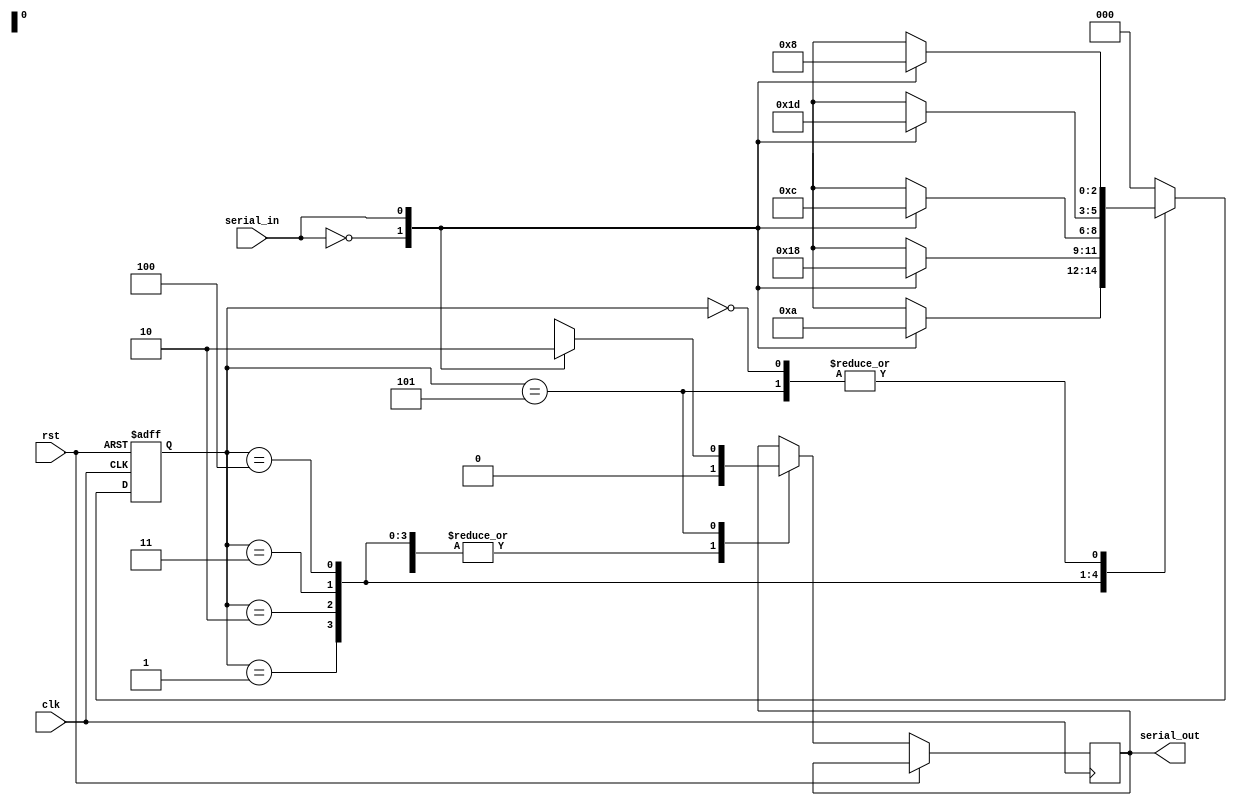
//////////////////////////////////////////////////////////////////////////////////
/*
            FSM Module
          Sequence Detector
          Codeword - 010110
             6 bit number
*/
//////////////////////////////////////////////////////////////////////////////////
module seq_det(
    input clk, //clcok signal
    input rst, //resetsignal
    input serial_in,//input data
    output reg serial_out //output when codeword detected 
   );
///////////////////////////////////////////////////////   

//Internal Signals  
 
 reg[2:0] cs; //current state
 
 /// Declaring States for FSM ///
 /// 6 states ///
 parameter s0 = 3'b000; //Idle state
 parameter s1 = 3'b001;
 parameter s2 = 3'b010;
 parameter s3 = 3'b011;
 parameter s4 = 3'b100;
 parameter s5 = 3'b101; //Final State -> Pattern Detected
///////////////////////////////////////////////////////// 
/////////////////////////////////////////////////////////


always @ (posedge clk, posedge rst) 
    if(rst) 
        cs <= s0;
    else
        case (cs) 
    ///////////////////////////
    // If serial in == 0, move to next state 
    // else stay in s0
            s0: case(serial_in) 
                1'b0: begin
                    cs <= s1;
                    serial_out <= 0;
                end   
                1'b1: begin
                    cs <= s0;
                    serial_out <= 0;
                end
                default: cs <= s0;
         endcase
 ////////////////////////////////////////// 
  // if serial in == 1, move to next state
  // else state in s1
            s1: case(serial_in)
                1'b0: begin
                    cs <= s1;
                    serial_out <= 0;
              end
                1'b1: begin
                    cs <= s2;
                    serial_out <= 0;
              end
                default: cs <= s0;
         endcase
     ///////////////////////////////////////////////
     // if serial in == 0, move to next state
     // else move to s0
     s2: case(serial_in)
        1'b0: begin
            cs <= s3;
            serial_out <= 0;
           end
        1'b1: begin
            cs <= s0;
            serial_out <= 0;
         end
        default: cs <= s0;
       endcase
       
    //////////////////////////////////////////////////
    //if serial_in == 1, move to next state
    //else serial_in==0 move to s1
    s3: case(serial_in)
        1'b0: begin
            cs <= s1;
            serial_out <= 0;
        end
        1'b1: begin
            cs <= s4;
            serial_out <=0;
       end
       default: cs <= s0;
    endcase
    /////////////////////////////////////////////////
    // if serial_in == 1, .pve to next state,
    // else serial_in == 0, move to s3
    s4: case(serial_in)
        1'b0: begin
            cs <= s3;
            serial_out <= 0;
         end
        1'b1: begin
            cs <= s5;
            serial_out <= 0;
        end
      default: cs <= s0;
   endcase
   
   //////////////////////////////////////
   //if serial_in== 0 -> pattern detected, output 1, move to s0, restart cycle
   // else move to s0
   s5: case(serial_in)
    1'b0: begin
        cs <= s1;
        serial_out <= 1'b1;
     end
    1'b1: begin
        cs <= s0;
        serial_out <= 0;
    end
    default: cs <= s0;
   endcase
   
   /////////////////////////////////////////
   default: cs <= s0;
endcase   
/////////////////////////////////////////// 
endmodule //End of FSM SEQ DET
/////////////////////////////////////////////////////////////////////